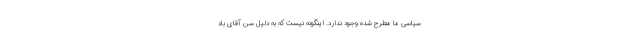
سیاسی ما مطرح شده وجود ندارد. اینگونه نیست که به دلیل سن آقای باد